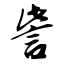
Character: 訾